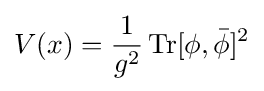
V(x)={\frac {1}{g^{2}}}\operatorname {Tr} [\phi ,{\bar {\phi }}]^{2}